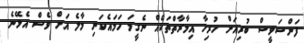
ފަންސަވީސް ބުރިއަށް ހުރިހާ އިމާރާތްތަކެއް ނެގީމަ ހަމައެކަނި މާލެ އަށް ވެސް އެޅޭނެ